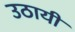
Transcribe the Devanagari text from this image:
उठायीं